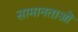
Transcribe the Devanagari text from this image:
सामानताओं